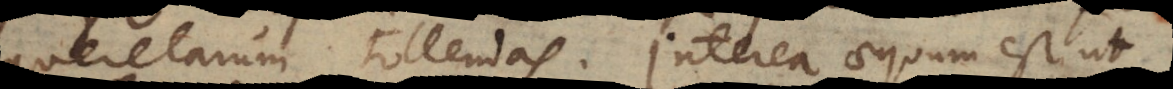
querelarum tollendas. Interea aequum est ut